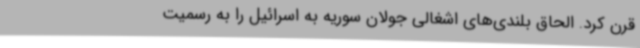
قرن کرد. الحاق بلندی‌های اشغالی جولان سوریه به اسرائیل را به رسمیت